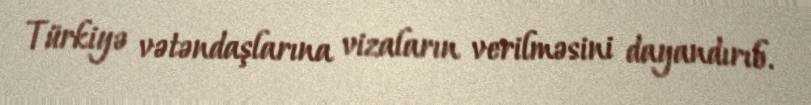
Türkiyə vətəndaşlarına vizaların verilməsini dayandırıb.